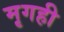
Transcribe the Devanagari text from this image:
मृगही